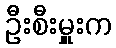
ဦးစီးမှူးက